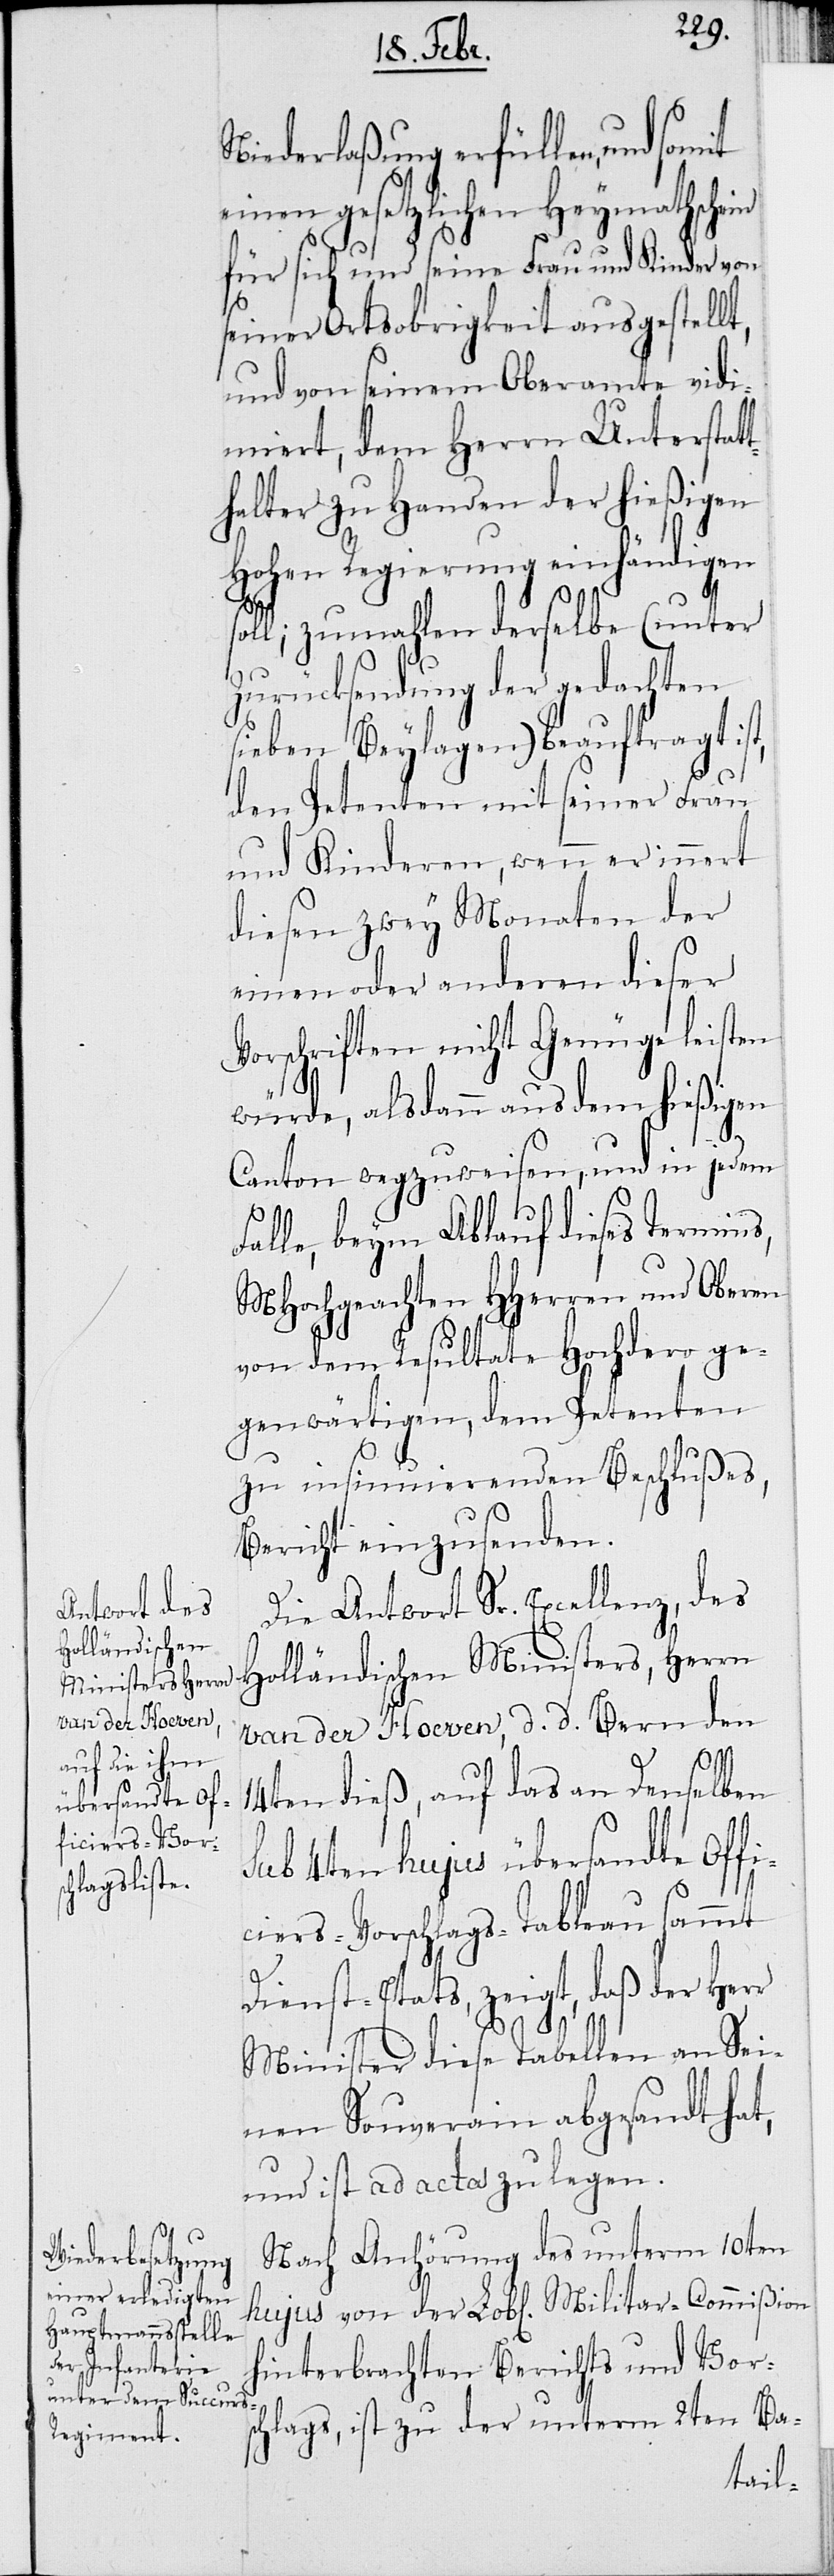
Niederlaßung erfüllen, und
einen gesetzlichen Heymathschein
für sich und seine Frau und Kinder von
seiner Ortsobrigkeit ausgestellt,
und von seinem Oberamte vidi¬
miert, dem Herrn Unterstat¬
thalter zu Handen der hießigen
Hohen Regierung einhändigen
oll; zumahlen derselbe (unter
Zurücksendung der gedachten
sieben Beylagen) beauftragt ist,
den Petenten mit seiner Frau
und Kinderen, wenn er innert
diesen zwey Monaten der
einen oder anderen dieser
Vorschriften nicht Genüge leisten
s¬
würde, als dann aus dem hießigen
Canton wegzuweisen, und in jedem
Falle, bey Ablauf dieses Termins,
MHochgeachten HHerren und Oberen
von dem Resultate Hochdero ge¬
genwärtigen, dem Petenten
zu insinuierenden Beschlußes,
Bericht einzusenden.
Die Antwort Sr. Excellenz, des
Holländischen Ministers, Herrn
van der Hoeven, d. d. Bern den
14ten dieß, auf das an Denselben
4ten hujus übersandte Offi¬
ciers-Vorschlags-Tableau sammt
Dienst-Etats, zeigt, daß der Herr
Minister diese Tabellen an Sei¬
nen Souverain abgesandt hat,
und ist ad acta zu legen.
Nach Anhörung des unterm 10ten
hinterbrachten Berichts und Vors¬
chlags, ist zu der unterm 2ten Ba-